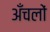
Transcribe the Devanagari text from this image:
अँचलों